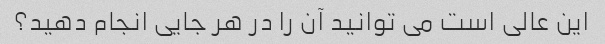
این عالی است می توانید آن را در هر جایی انجام دهید؟